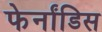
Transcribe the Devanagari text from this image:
फेर्नांडिस